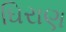
ઘિરાણ